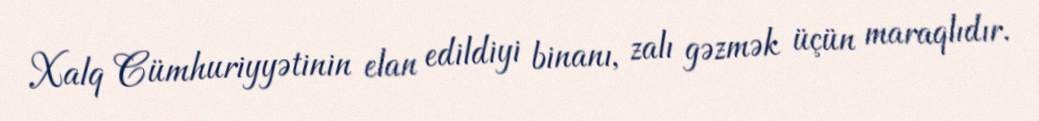
Xalq Cümhuriyyətinin elan edildiyi binanı, zalı gəzmək üçün maraqlıdır.